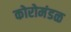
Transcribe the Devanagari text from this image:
कोरोमंडळ